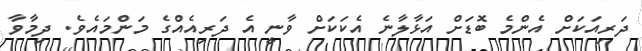
ދަރިއަކަށް އެންމެ ބޮޑަށް އަޅާލާނެ އެކަކަށް ވާނީ އެ ދަރިއެއްގެ މަންމައެވެ. ދިމާވާ